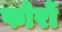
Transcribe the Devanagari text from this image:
फोर्रो